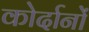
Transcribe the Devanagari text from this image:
कोर्दानों